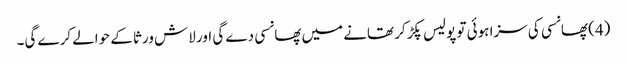
(4) پھانسی کی سزا ہوئی تو پولیس پکڑ کر تھانے میں پھانسی دے گی اور لاش ورثا کے حوالے کرے گی۔